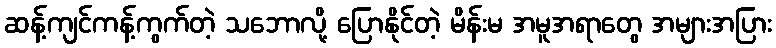
ဆန့်ကျင်ကန့်ကွက်တဲ့ သဘောလို့ ပြောနိုင်တဲ့ မိန်းမ အမူအရာတွေ အများအပြား